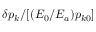
\delta p _ { k } / [ ( E _ { 0 } / E _ { a } ) p _ { k 0 } ]